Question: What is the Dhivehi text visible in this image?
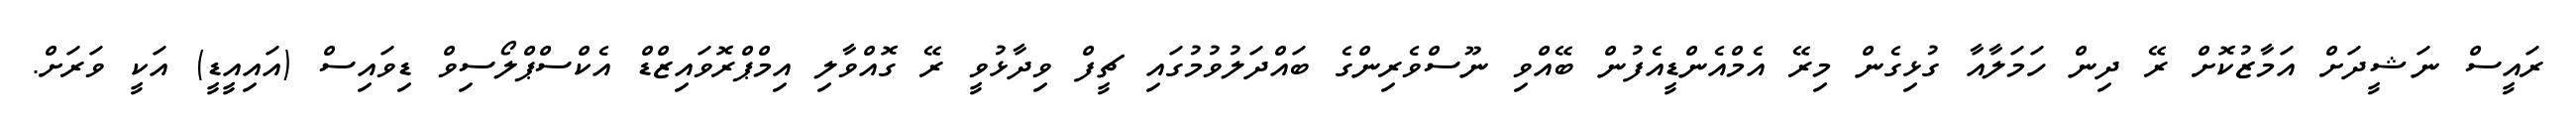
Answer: ރައީސް ނަޝީދަށް އަމާޒުކޮށް ރޭ ދިން ހަމަލާއާ ގުޅިގެން މިރޭ އެމްއެންޑީއެފުން ބޭއްވި ނޫސްވެރިންގެ ބައްދަލުވުމުގައި ޗީފް ވިދާޅުވީ ރޭ ގޮއްވާލި އިމްޕްރޮވައިޒްޑް އެކްސްޕްލޯސިވް ޑިވައިސް (އައިއީޑީ) އަކީ ވަރަށް.